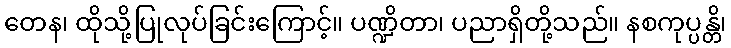
တေန၊ ထိုသို့ပြုလုပ်ခြင်းကြောင့်။ ပဏ္ဍိတာ၊ ပညာရှိတို့သည်။ နစကုပ္ပန္တိ၊